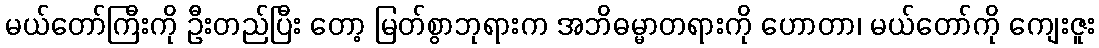
မယ်တော်ကြီးကို ဦးတည်ပြီး တော့ မြတ်စွာဘုရားက အဘိဓမ္မာတရားကို ဟောတာ၊ မယ်တော်ကို ကျေးဇူး